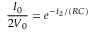
\frac { I _ { 0 } } { 2 V _ { 0 } } = e ^ { - t _ { 2 } / ( R C ) }